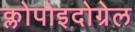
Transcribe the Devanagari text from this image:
क्लोपोइदोग्रेल